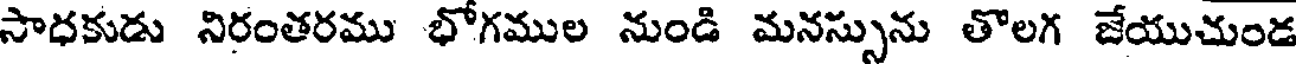
సాధకుడు నిరంతరము భోగముల నుండి మనస్సును తొలగ జేయుచుండ